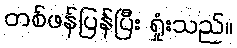
တစ်ဖန်ပြန်ပြီး ရှုံးသည်။